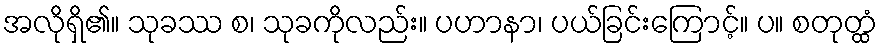
အလိုရှိ၏။ သုခဿ စ၊ သုခကိုလည်း။ ပဟာနာ၊ ပယ်ခြင်းကြောင့်။ ပ။ စတုတ္ထံ